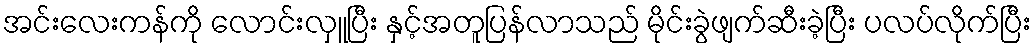
အင်းလေးကန်ကို လောင်းလှူပြီး နှင့်အတူပြန်လာသည် မိုင်းခွဲဖျက်ဆီးခဲ့ပြီး ပလပ်လိုက်ပြီး